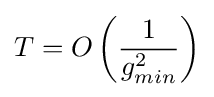
T=O\left({\frac {1}{g_{min}^{2}}}\right)